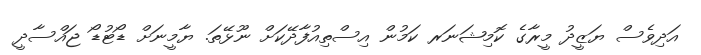
އަދިވެސް ޔަޒީދު މީރާގެ ކޮމިޝަނަރ ކަމުން އިސްތިއުފާދޭކަށް ނޫޅޭތަ. ޔާމީނަށް ޑޯޓުޑޯ ޖައްސާދީ